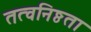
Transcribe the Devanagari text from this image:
तत्वनिष्ठता